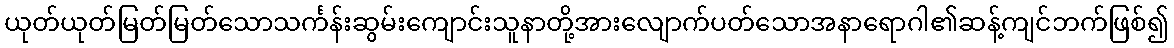
ယုတ်ယုတ်မြတ်မြတ်သောသင်္ကန်းဆွမ်းကျောင်းသူနာတို့အားလျောက်ပတ်သောအနာရောဂါ၏ဆန့်ကျင်ဘက်ဖြစ်၍